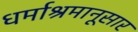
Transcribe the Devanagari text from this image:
धर्माश्रमानूसार